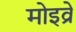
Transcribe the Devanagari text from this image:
मोइव्रे